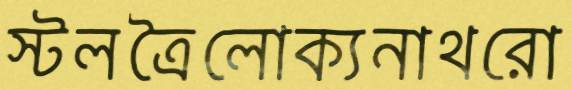
স্টলত্রৈলোক্যনাথরো